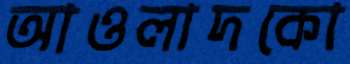
আওলাদকো